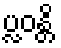
ပ္လဝန္တိ